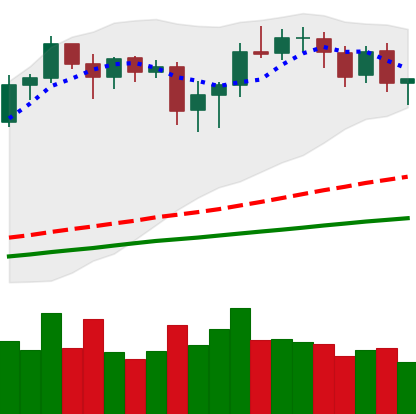
Ticker: BNB-USD
Chart end date: 2020-08-22
Forward return: 3.781%
Label: up_3_5